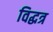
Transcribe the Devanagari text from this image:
विद्धत्र